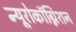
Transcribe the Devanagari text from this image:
न्यूरोकॉग्निशन